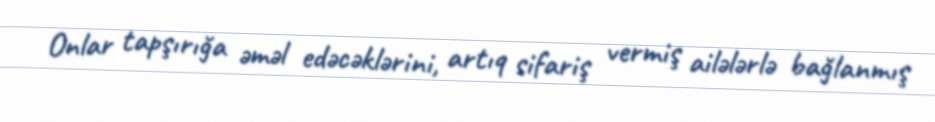
Onlar tapşırığa əməl edəcəklərini, artıq sifariş vermiş ailələrlə bağlanmış